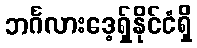
ဘင်္ဂလားဒေ့ရှ်နိုင်ငံရှိ